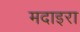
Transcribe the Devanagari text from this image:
मदाइरा